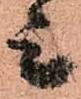
上